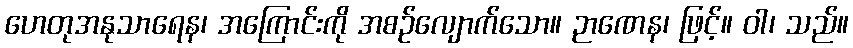
ဟေတုအနုသာရေန၊ အကြောင်းကို အစဉ်လျောက်သော။ ဉာဏေန၊ ဖြင့်။ ဝါ၊ သည်။